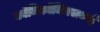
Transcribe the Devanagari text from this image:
काॅमिकॉमिक्सकई